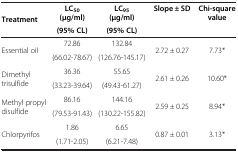
<table><thead><tr><td rowspan="2"><b>Treatment</b></td><td><b>LC<sub>50 </sub>(μg/ml)</b></td><td><b>LC<sub>95 </sub>(μg/ml)</b></td><td rowspan="2"><b>Slope ± SD</b></td><td rowspan="2"><b>Chi-square value</b></td></tr><tr><td><b>(95% CL)</b></td><td><b>(95% CL)</b></td></tr></thead><tbody><tr><td rowspan="2">Essential oil</td><td>72.86</td><td>132.84</td><td rowspan="2">2.72 ± 0.27</td><td rowspan="2">7.73*</td></tr><tr><td>(66.02-78.67)</td><td>(126.76-145.17)</td></tr><tr><td rowspan="2">Dimethyl trisulfide</td><td>36.36</td><td>55.65</td><td rowspan="2">2.61 ± 0.26</td><td rowspan="2">10.60*</td></tr><tr><td>(33.23-39.64)</td><td>(49.43-61.27)</td></tr><tr><td rowspan="2">Methyl propyl disulfide</td><td>86.16</td><td>144.16</td><td rowspan="2">2.59 ± 0.25</td><td rowspan="2">8.94*</td></tr><tr><td>(79.53-91.43)</td><td>(130.22-155.82)</td></tr><tr><td rowspan="2">Chlorpyrifos</td><td>1.86</td><td>6.65</td><td rowspan="2">0.87 ± 0.01</td><td rowspan="2">3.13*</td></tr><tr><td>(1.71-2.05)</td><td>(6.21-7.48)</td></tr></tbody></table>